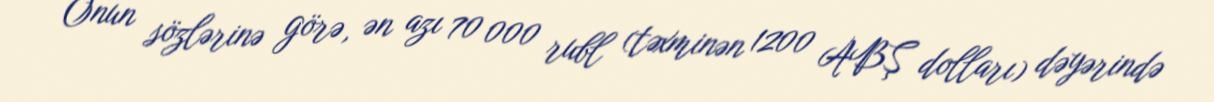
Onun sözlərinə görə, ən azı 70 000 rubl (təxminən 1200 ABŞ dolları) dəyərində